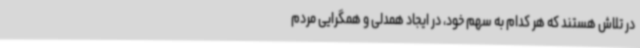
در تلاش هستند که هر کدام به سهم خود، در ایجاد همدلی و همگرایی مردم